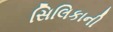
સિલિકાની